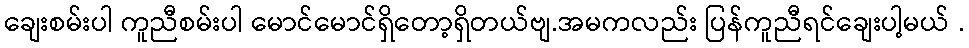
ချေးစမ်းပါ ကူညီစမ်းပါ မောင်မောင်ရှိတော့ရှိတယ်ဗျ.အမကလည်း ပြန်ကူညီရင်ချေးပါ့မယ် .